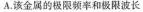
A.该金属的极限频率和极限波长